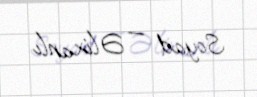
Soyad — Əlixanlı